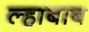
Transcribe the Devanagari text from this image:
ल्हाबाब